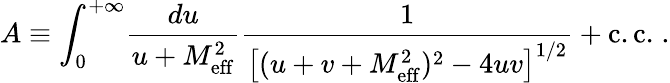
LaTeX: A\equiv\int_{0}^{+\infty}\! {\frac{du}{u+M_{\mathrm{eff}}^{2}}}{\frac{1}{\left[(u+v+M_{\mathrm{eff}}^{2})^{2}-4uv\right]^{1/2}}}+\mathrm{c.c.}\; .